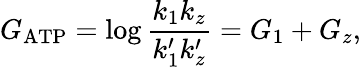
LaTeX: G_{\mathrm{ATP}}=\log\frac{k_{1}k_{z}}{k_{1}^{\prime}k_{z}^{\prime}}=G_{1}+G_{z},